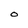
Character: O